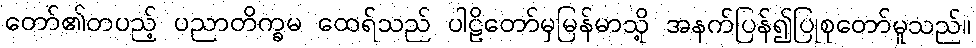
တော်၏တပည့် ပညာတိက္ခမ ထေရ်သည် ပါဠိတော်မှမြန်မာသို့ အနက်ပြန်၍ပြုစုတော်မူသည်။